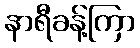
နာရီခန့်ကြာ